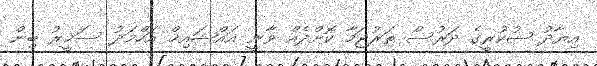
އިޔާދު ޝުކުރީގެ ދަރުސް ތަރުޖަމާ ކޮށްދެއް ވާނީ އައްޝައިޚް އަހްމަދު ސަމީރު ބިން